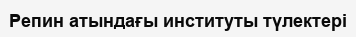
Репин атындағы институты түлектері